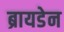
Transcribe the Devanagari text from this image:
ब्रायडेन